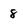
Character: 8